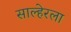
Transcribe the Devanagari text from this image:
साल्हेरला